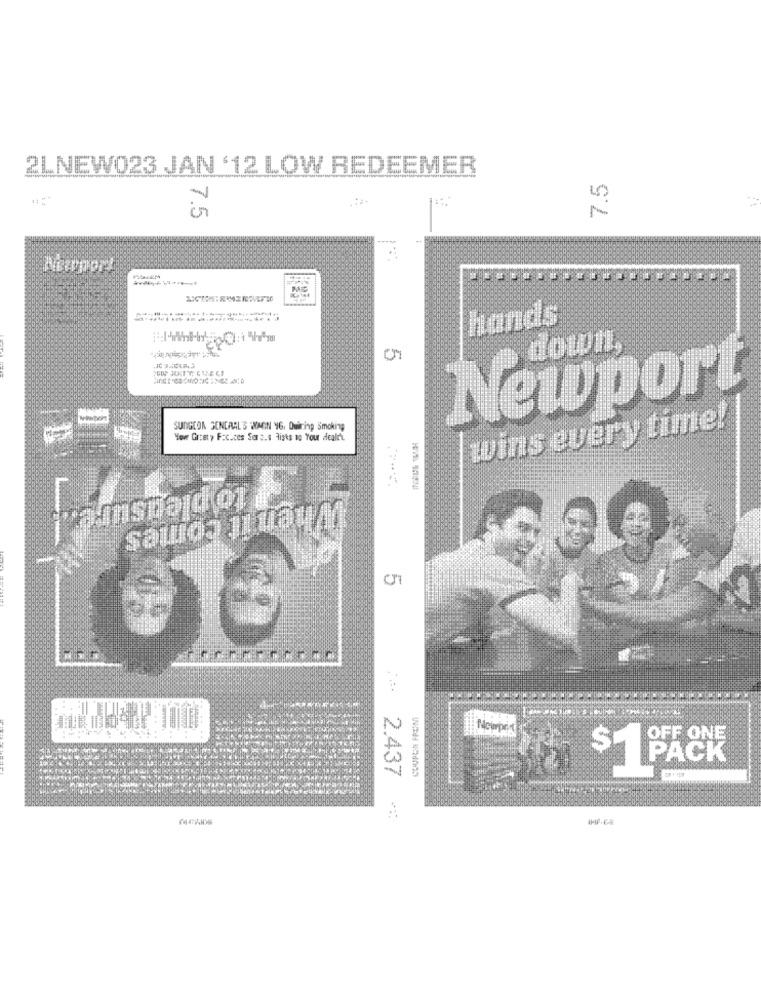
2LNEW023 JAN '12 LOW REDEEMER
7.5
7.5
hands
D down,
Newpor
SURGEON GENERAL'S WANN Y6. Quiring Smoking
wins every time! |
Here Greaty Fac.ces Sorc.s lists up Your dealr.
COUPON FRONT
OFF ONE
2.437
$1